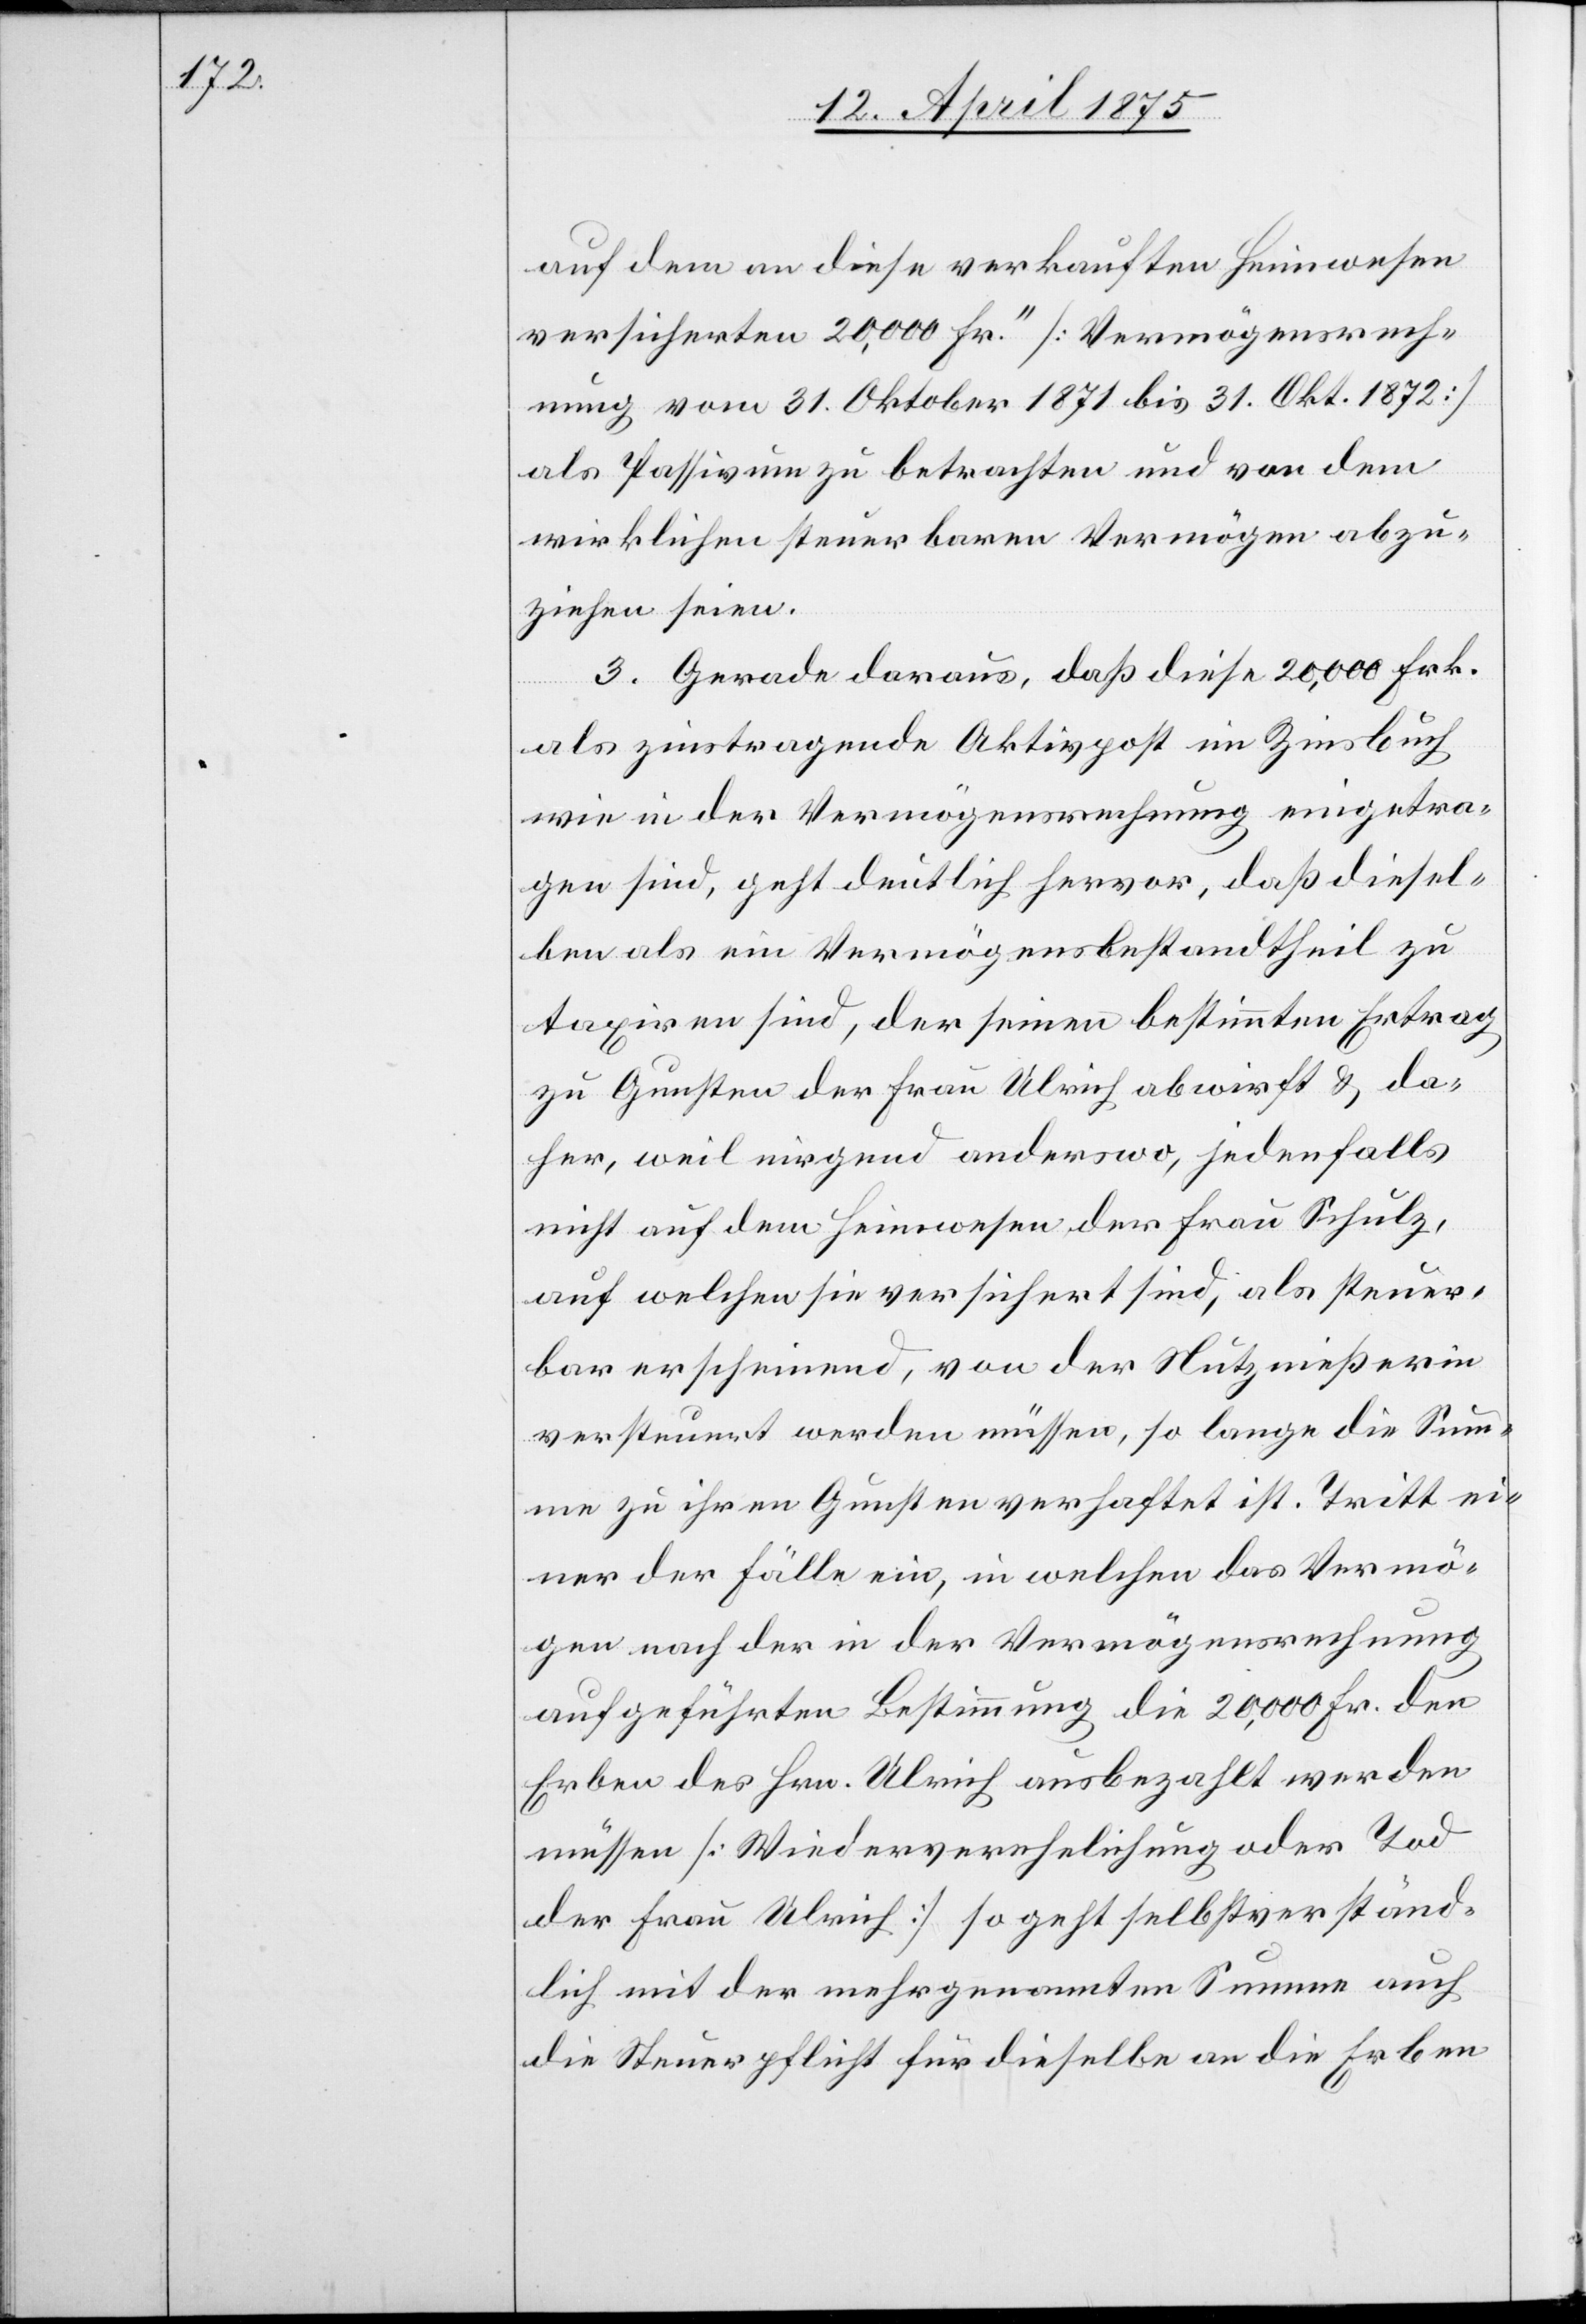
auf dem an diese verkauften Heimwesen
versicherten 20,000 Fr.“ [Vermögensrech¬
nung vom 31. Oktober 1871 bis 31. Okt. 1872]
als Passivum zu betrachten und von dem
wirklichen steuerbaren Vermögen abzu¬
ziehen seien.
3. Gerade daraus, daß dies 20,000 Frk.
als zinstragende Aktivpost im Zinsbuch
wie in der Vermögensrechnung eingetre¬
ten sind, geht deutlich hervor, daß diesel¬
ben als ein Vermögensbestandtheil zu
taxiren sind, der seinen bestimmten Ertrag
zu Gunsten der Frau Ulrich abwirft & da¬
her, weil nirgend anderswo, jedenfalls
nicht auf dem Heimwesen der Frau Schulz,
auf welchen sie versichert sind, als steuer¬
bar erscheinend, von der Nutznießerin
versteuert werden müssen, so lange die Summe
einer der Fälle ein, in welchen das Vermö¬
gen nach der in der Vermögensrechnung
aufgeführten Bestimmung die 20,000 Fr. den
Erben des Hrn. Ulrich ausbezahlt werden
müssen [Wiederverehelichung oder Tod
der Frau Ulrich] so geht selbstverständ¬
lich mit der mehrgenannten Summe auch
die Steuerpflicht für dieselbe an die Erben